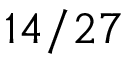
1 4 / 2 7